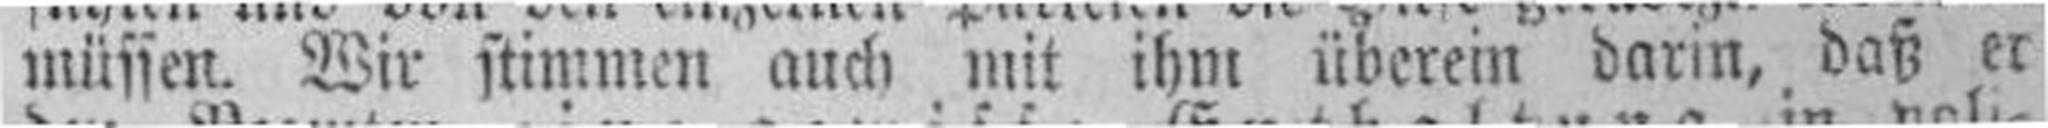
müssen. Wir stimmen auch mit ihm überein darin, daß er